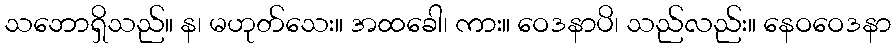
သဘောရှိသည်။ န၊ မဟုတ်သေး။ အထခေါ၊ ကား။ ဝေဒနာပိ၊ သည်လည်း။ နေဝဝေဒနာ